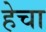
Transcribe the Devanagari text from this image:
हेचा